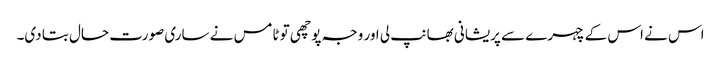
اس نے اس کے چہرے سے پریشانی بھانپ لی اور وجہ پوچھی تو ٹامس نے ساری صورت حال بتا دی۔